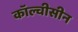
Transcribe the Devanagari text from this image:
कॉल्चीसीन